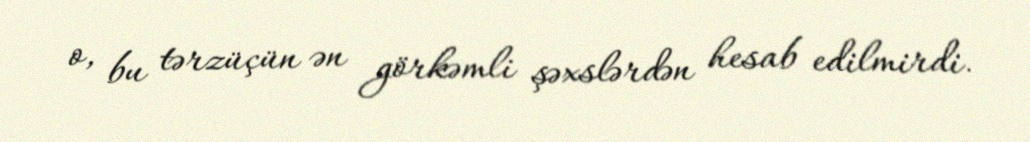
o, bu tərzüçün ən görkəmli şəxslərdən hesab edilmirdi.